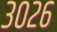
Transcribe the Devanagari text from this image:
३०२६